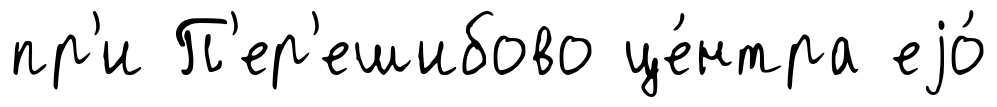
пр'и П'ер'ешибово це́нтра еjо́